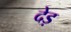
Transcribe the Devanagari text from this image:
देड़